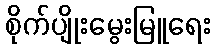
စိုက်ပျိုးမွေးမြူရေး